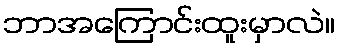
ဘာအကြောင်းထူးမှာလဲ။